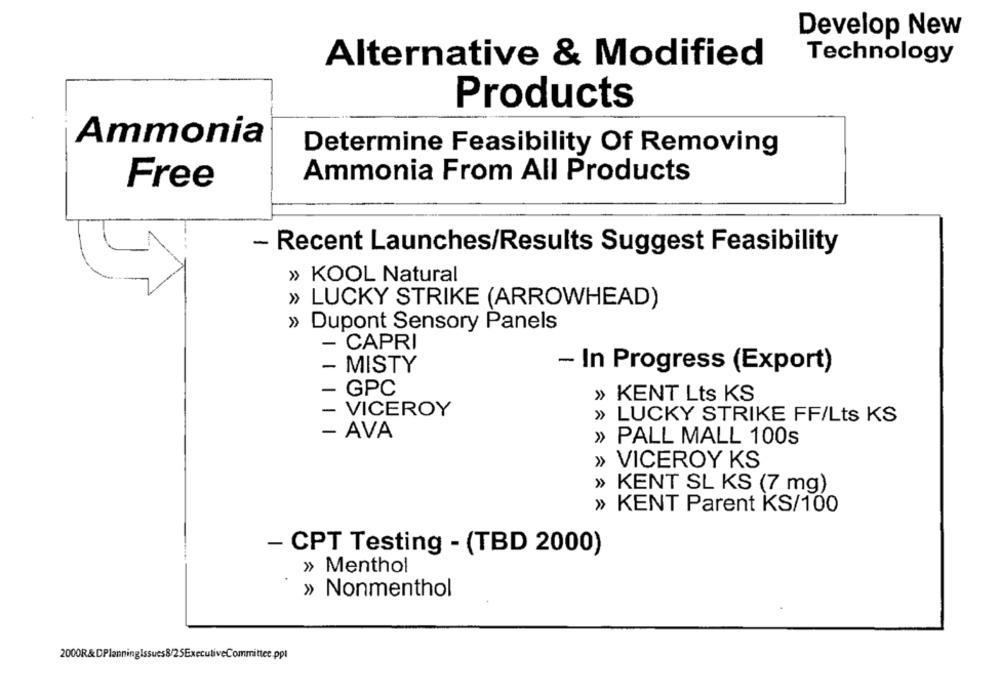
Develop New
Alternative & Modified
Technology
Products
Ammonia
Determine Feasibility Of Removing
Ammonia From All Products
Free
- Recent Launches/Results Suggest Feasibility
» KOOL Natural
» LUCKY STRIKE (ARROWHEAD)
» Dupont Sensory Panels
- CAPRI
- In Progress (Export)
- MISTY
- GPC
» KENT Lts KS
- VICEROY
» LUCKY STRIKE FF/Lts KS
- AVA
» PALL MALL 100s
» VICEROY KS
» KENT SL KS (7 mg)
» KENT Parent KS/100
- CPT Testing - (TBD 2000)
» Menthol
» Nonmenthol
2000R&DPlanningIssues8/25ExecutiveCommittee.ppt